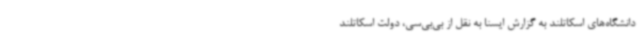
دانشگاه‌های اسکاتلند به گزارش ایسنا به نقل از بی‌بی‌سی، دولت اسکاتلند